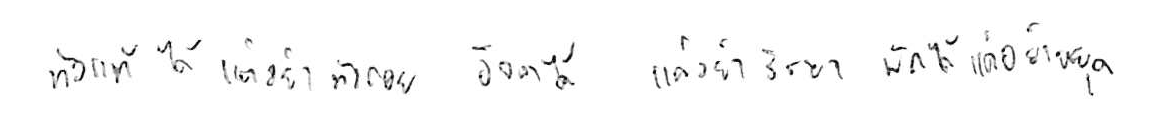
ท้อแท้ได้ แต่อย่าท้อถอย อิจฉาได้ แต่อย่าริษยา พักได้ แต่อย่าหยุด